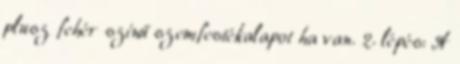
plusz fehér színű szemfestékalapot ha van. 2. lépés: A